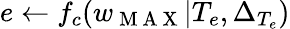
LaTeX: e\gets f_{c}(w_{\mathrm{~M~A~X~}}|T_{e},\Delta_{T_{e}})